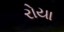
રોયા